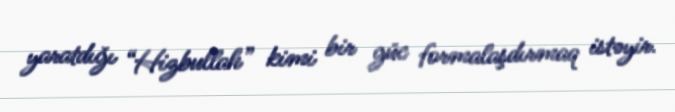
yaratdığı “Hizbullah” kimi bir güc formalaşdırmaq istəyir.